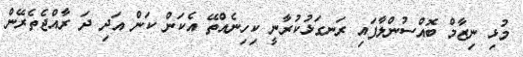
މުޅި ނިޒާމް ބޮއްސުންލާފައި ރަނގަޅުކުރާނީ ކިހިނެއްތޭ އެކަން ކަން އަދި ދަ ރާއްޖެތެރޭން